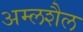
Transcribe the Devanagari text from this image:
अम्लशैल